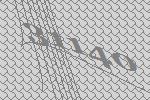
31140